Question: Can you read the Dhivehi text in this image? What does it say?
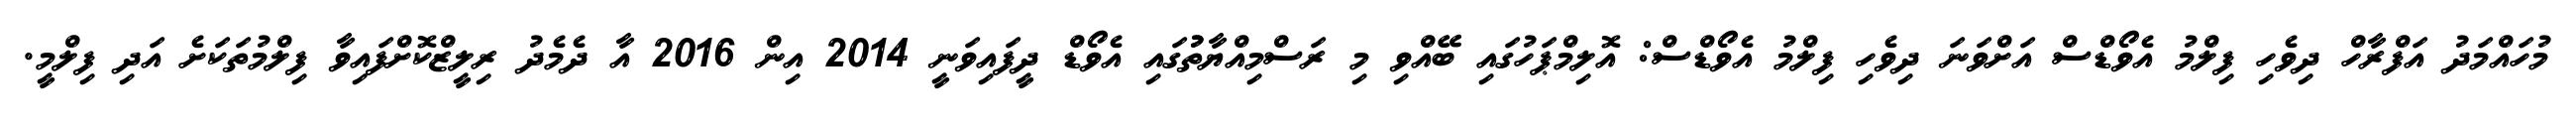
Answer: މުހައްމަދު އަފްރާހް ދިވެހި ފިލްމު އެވޯޑްސް އަށްވަނަ ދިވެހި ފިލްމު އެވޯޑްސް: އޮލިމްޕަހުގައި ބޭއްވި މި ރަސްމިއްޔާތުުގައި އެވޯޑް ދީފައިވަނީ 2014 އިން 2016 އާ ދެމެދު ރިލީޒްކޮށްފައިވާ ފިލްމުތަކަށެ އަދި ފިލްމީ.